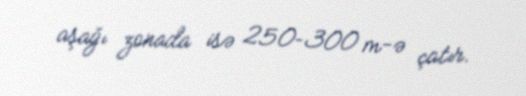
aşağı zonada isə 250–300 m-ə çatır.